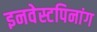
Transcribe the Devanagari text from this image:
इनवेस्टपिनांग